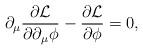
LaTeX: \begin{align*}\partial_\mu{\partial{\cal L}\over \partial\partial_\mu\phi}-{\partial{\cal L}\over \partial\phi}=0,\end{align*}